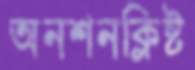
অনশনক্লিষ্ট